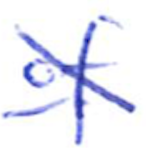
Text: of
Cross-out: diagonal
Writing tool: ballpoint